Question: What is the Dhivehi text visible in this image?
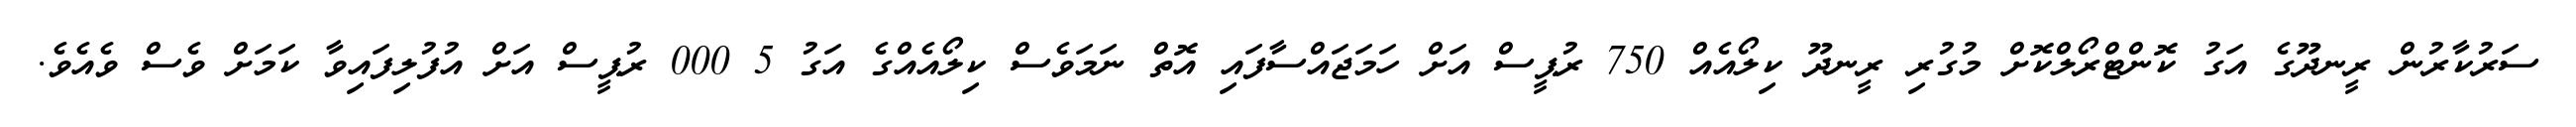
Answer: ސަރުކާރުން ރީނދޫގެ އަގު ކޮންޓްރޯލްކޮށް މުގުރި ރީނދޫ ކިލޯއެއް 750 ރުޕީސް އަށް ހަމަޖައްސާފައި އޮތް ނަމަވެސް ކިލޯއެއްގެ އަގު 5 000 ރުޕީސް އަށް އުފުލިފައިވާ ކަމަށް ވެސް ވެއެވެ.